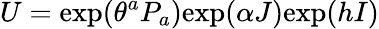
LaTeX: U=\mathrm{exp}(\theta^{a}P_{a})\mathrm{exp}(\alpha J)\mathrm{exp}(hI)